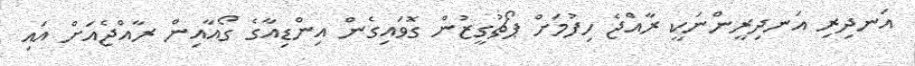
އަނދިރި އަނދިރީންނަކީ ރާއްޖެ ހިފުމަށް ޕޯޗުގީޒުން ގޮވައިގެން އިންޑިއާގެ ގޯއާއިން ރާއްޖެއަށް އައި